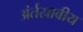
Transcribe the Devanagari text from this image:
अंर्तस्रावीय